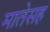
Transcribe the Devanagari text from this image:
मातेसह